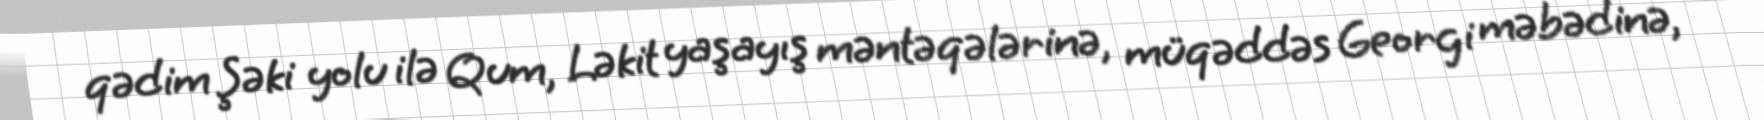
qədim Şəki yolu ilə Qum, Ləkit yaşayış məntəqələrinə, müqəddəs Georgi məbədinə,